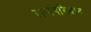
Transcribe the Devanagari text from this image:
राजपरिधान